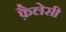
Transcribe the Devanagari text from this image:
फ़ैलेसी